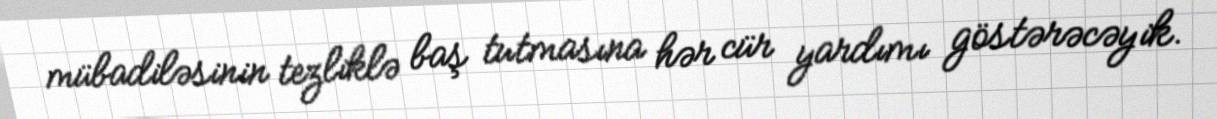
mübadiləsinin tezliklə baş tutmasına hər cür yardımı göstərəcəyik.